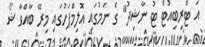
އަ ޓްރިބިއުޓް ޓު ނާޝިދު" ގެ ނަމުގައި އޮލިމްޕަހުގައި މިރޭ ބާއްވާ ޝޯ